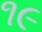
૧૯